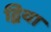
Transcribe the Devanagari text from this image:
द्विया